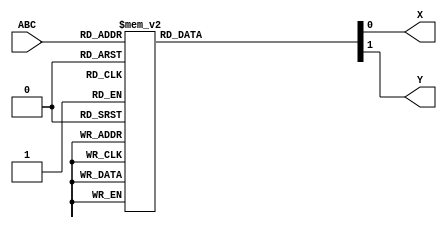
module JG3(ABC,X,Y);
	
	input [2:0] ABC;
	
	output X, Y;
	reg X, Y;
	
	always@(ABC)
    
        

        case(ABC)
        
        3'b000:begin X=1'b0;Y=1'b1;end
        3'b001:begin X=1'b0;Y=1'b0;end
        3'b010:begin X=1'b0;Y=1'b0;end
        3'b011:begin X=1'b0;Y=1'b0;end
        3'b100:begin X=1'b0;Y=1'b0;end
        3'b101:begin X=1'b1;Y=1'b0;end
        3'b110:begin X=1'b1;Y=1'b0;end
        3'b111:begin X=1'b1;Y=1'b0;end
       default:begin X=1'b1;Y=1'B1;end
       endcase
        

endmodule